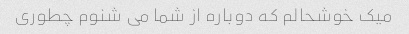
میک خوشحالم که دوباره از شما می شنوم چطوری